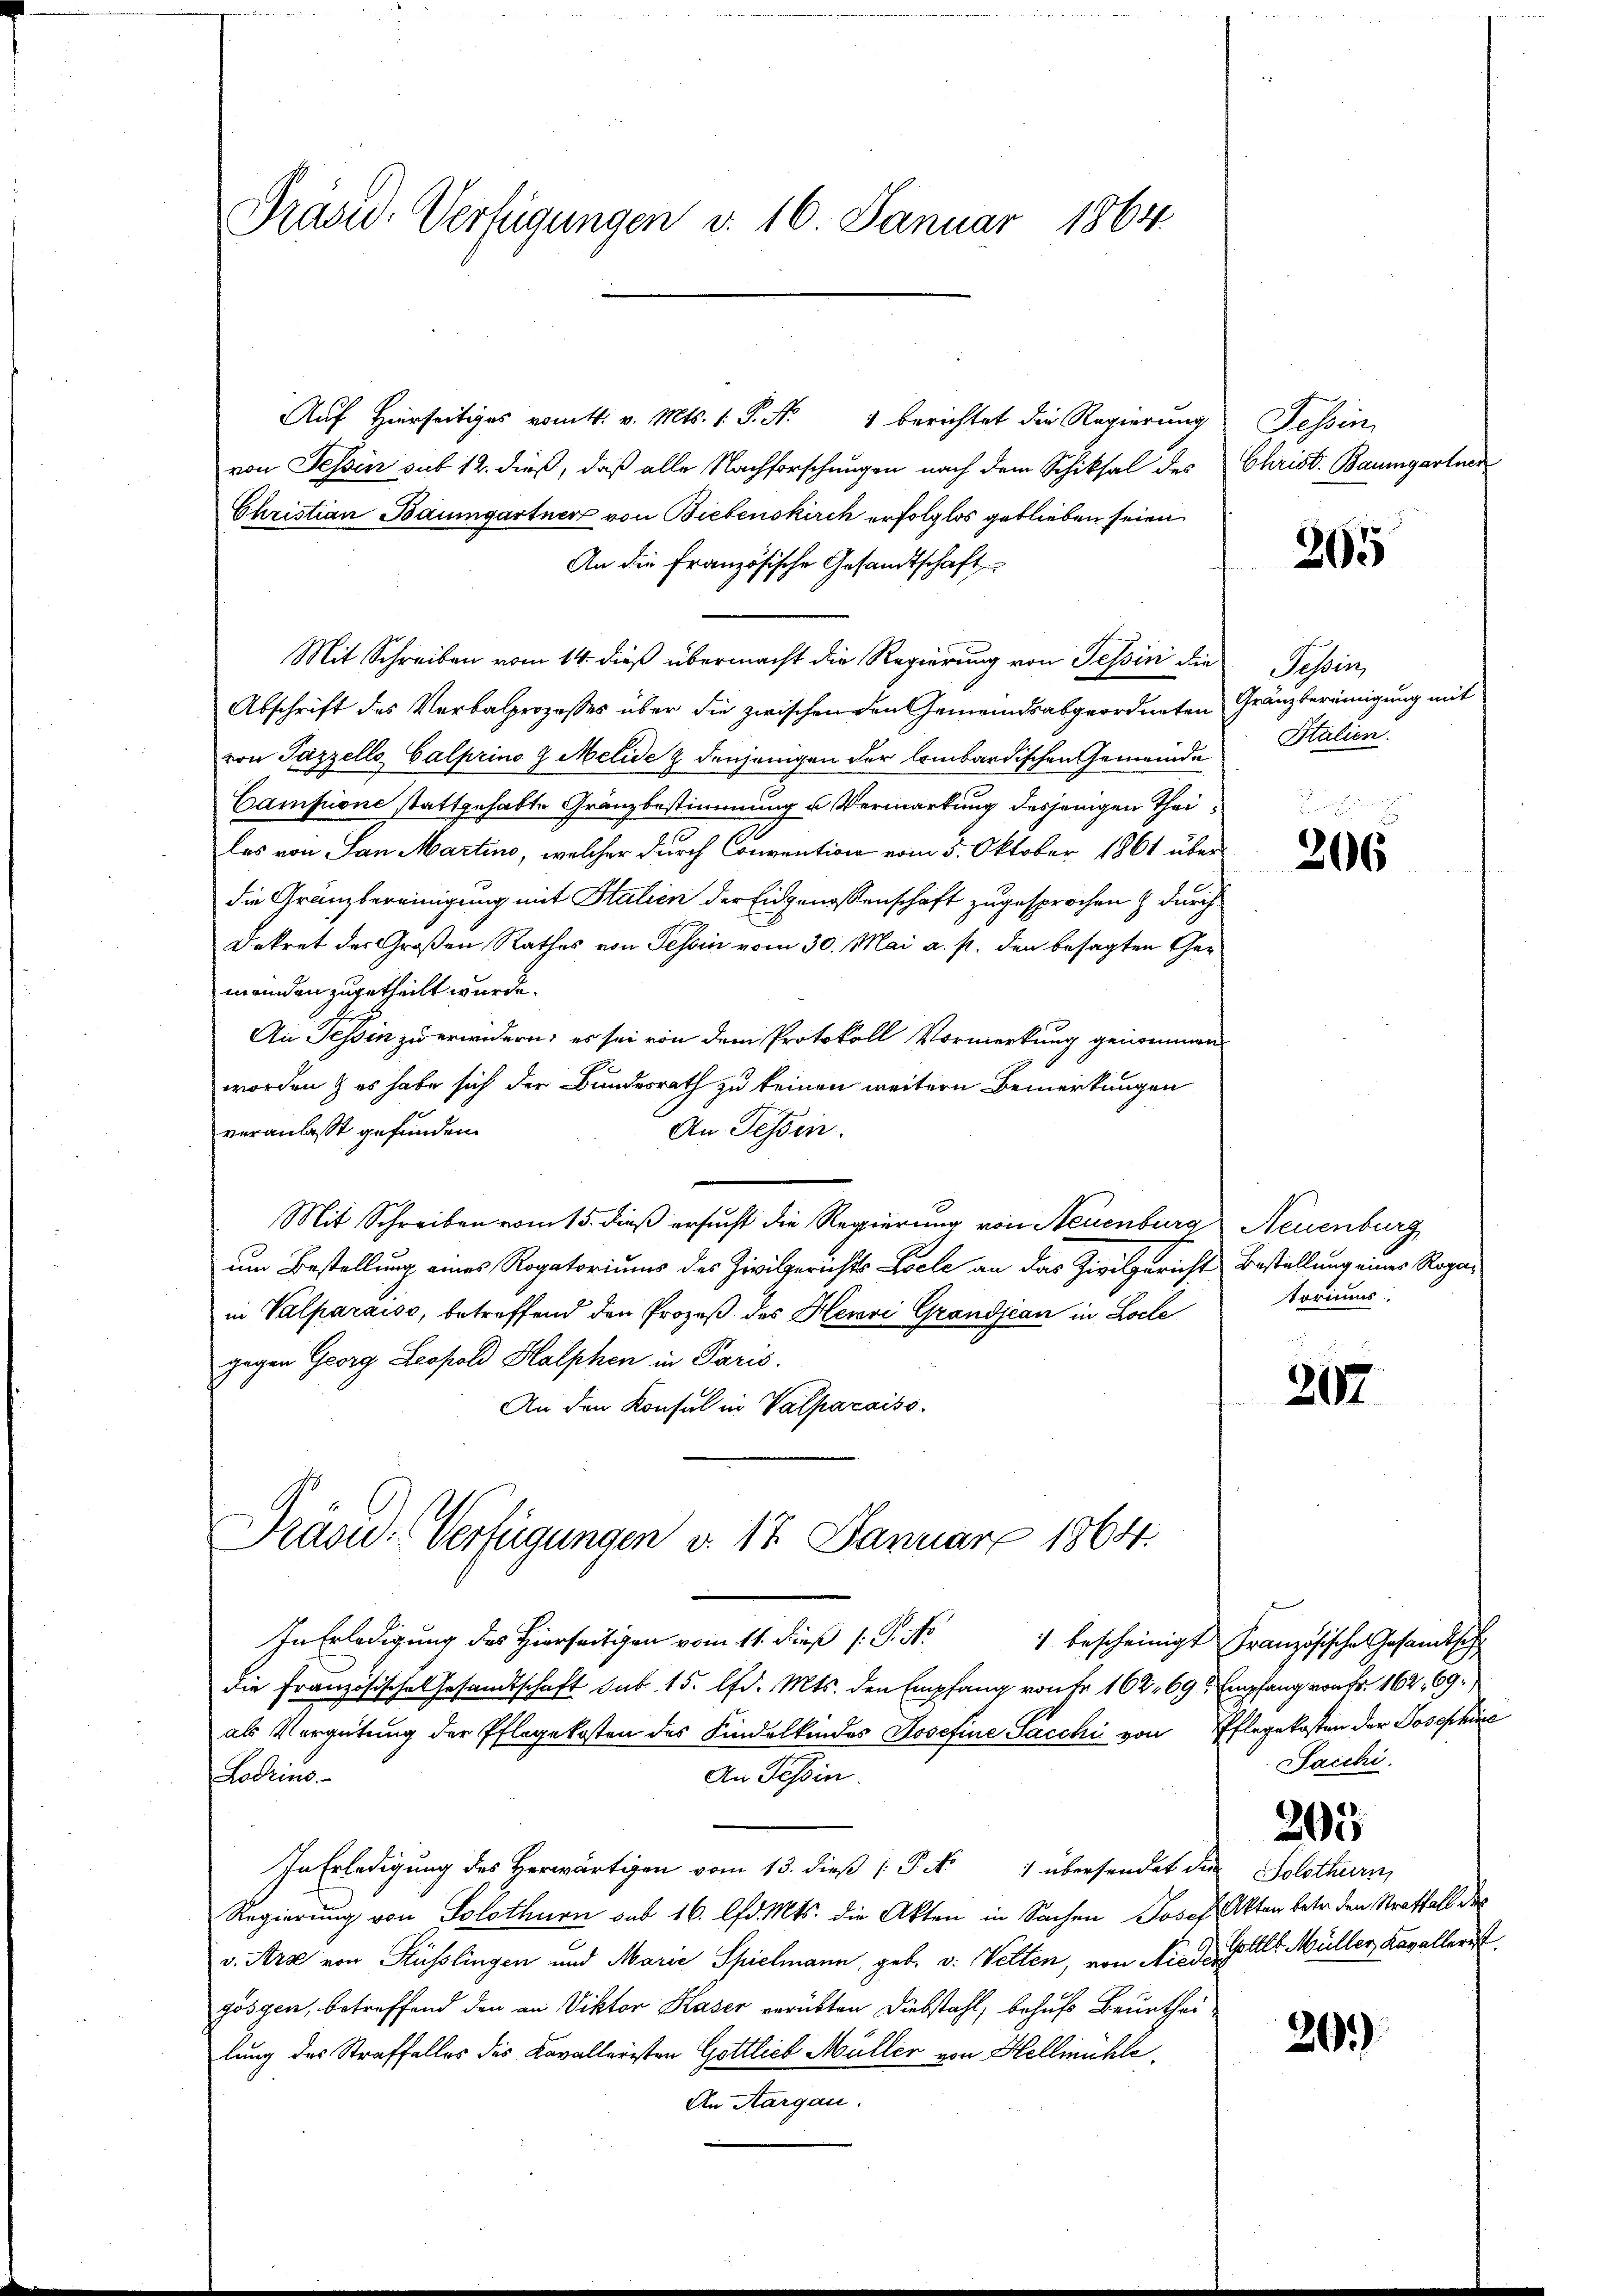
Präsid. Verfügungen v. 16. Januar 1864.

Auf Hierseitiges vomtt. v. Mts. 1. P. Nr. 1 berichtet die Regierung
von Tessin sub 12. dieß, daß alle Nachforschungen nach dem Schiksal des
Christian Baumgartner von Biebenskirch erfolglos geblieben seien
An die Französische Gesandtschaft
Mit Schreiben vom 14. dieß übermacht die Regierung von Tessin die
Abschrift des Verbalprozesses über die zwischen den Gemeindsabgeordneten Gränzbereinigung mit
von Pazzelle Calprino 9 Melide & denjenigen der lombardischen Gemeinde
Campione stattgehabte Gränzbestimmung u Vermarkung desjenigen Theilas von San Martine, welcher durch Convention vom 5. Oktober 1861 über
die Gränzbereinigung mit Stalien der Eidgenossenschaft zugesprochen & durch
Dekret des Großen Rathes von Tessin vom 30. Mai a. p. den besagten Gemeinden zugetheilt wurde.
An Tessin zu erwidern; es sei von dem Protokoll Vormerkung genommen
worden & es habe sich der Bundesrath zu keinen weitern Bemerkungen
veranlaßt gefunden.
An Tessin.
Mit Schreiben vom 15. dieß ersucht die Regierung von Neuenburg Neuenburg
um Bestellung eines Rogatoriums des Zivilgerichts Loele an das Zivilgerichts Bestellung eines Repain Valparaiso, betreffend den Prozeß des Henri Grandjean in Locle
gegen Georg Leopold Halphen in Paris.
An den Konsul in Valparaiso
Präsid.: Verfügungen v. 17. Januar 1864.

In Erledigung des Hierseitigen vom 11. dieß (: P. Nr. 1 bescheinigt Französische Gesandtsch
die Französische Gesamtschaft sub 15. d. Mts. den Empfang von Fr. 162. 69. Empfang von Fr. 162, 69.
als Vergütung der Pflegekosten des Kindelkindes Josefine Sacchi von Pflegekosten der Josephine
An Tessin.
Lodrin.
In Erledigung des Herwärtigen vom 13. dieß (Pik übersendet die Solothurn
Regierung von Solothurn sub 16. lfd. Mts. die Akten in Sachen Josef Iten betr. den Straffall des
v. Art von Küsslingen und Marie Spielmann, geb. v. Velten, von Niede Golt Müller Kavallerist
göszen, betreffend den an Viktor Haser verükten Diebstahl, behufs Beurtheilung des Straffalles des Kavalleristen Gottlieb Müller von Hellmühle,
An Aargau.

Tessin.
Christ. Baumgartner

205

Tessin,
Italien.

206

storiums.

207

Sacchi.

205

20.)